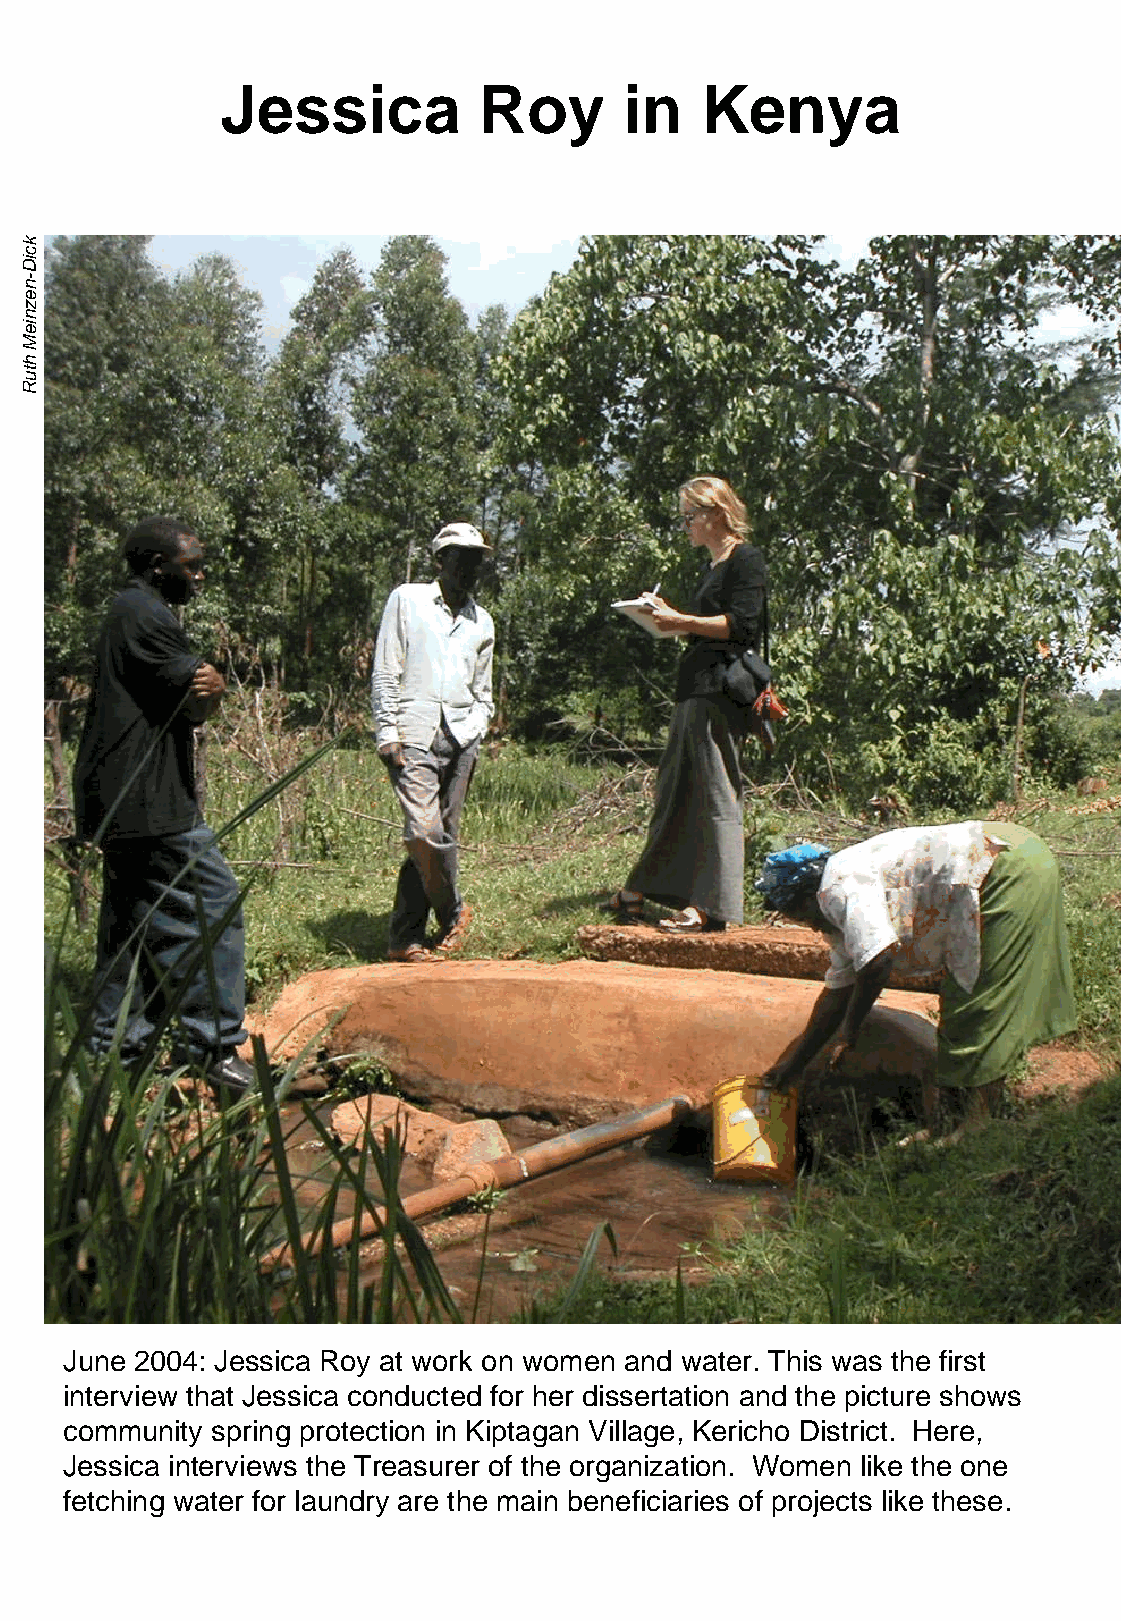
Jessica          Roy      in    Kenya
 June 2004: Jessica Roy at work on women and water. This was the first
 interview that Jessica conducted for her dissertation and the picture shows
 community spring protection in Kiptagan Village, Kericho District. Here,
 Jessica interviews the Treasurer of the organization. Women like the one
 fetching water for laundry are the main beneficiaries of projects like these.
 kciD-neznieM
 htuR